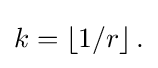
{\textstyle k=\left\lfloor {1/r}\right\rfloor .}